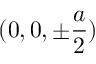
( 0 , 0 , \pm \frac { a } { 2 } )